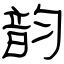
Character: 韵